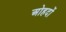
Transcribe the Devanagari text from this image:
अोहदों